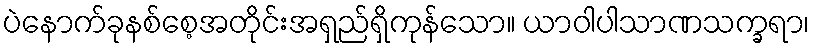
ပဲနောက်ခုနစ်စေ့အတိုင်းအရှည်ရှိကုန်သော။ ယာဝါပါသာဏသက္ခရာ၊